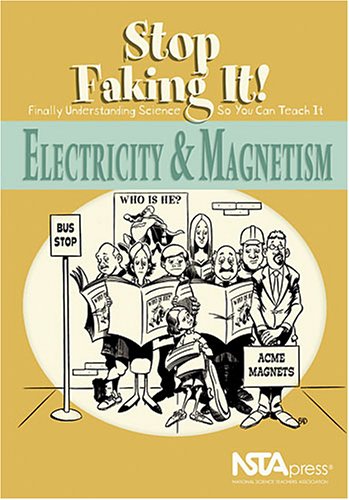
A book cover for Electricity And Magnetism: Stop Faking It! Finally Understanding Science So You Can Teach It; William C. Robertson; Science & Math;